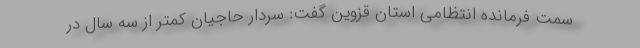
سمت فرمانده انتظامی استان قزوین گفت: سردار حاجیان کمتر از سه سال در